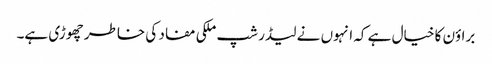
براؤن کا خیال ہے کہ انہوں نے لیڈر شپ ملکی مفاد کی خاطر چھوڑی ہے۔